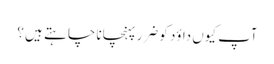
آپ کیوں داؤد کو ضرر پہنچانا چا ہتے ہیں ؟